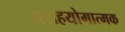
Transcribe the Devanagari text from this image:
असहयोगात्मक